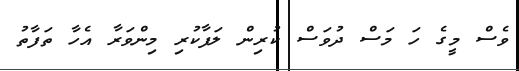
ވެސް މީގެ ހަ މަސް ދުވަސް ކުރިން ލަފާކުރި މިންވަރާ އެހާ ތަފާތު